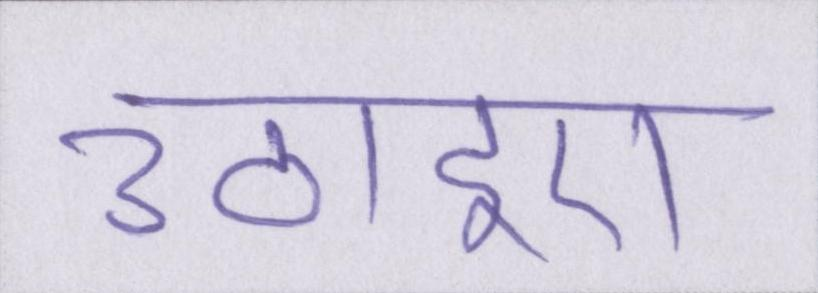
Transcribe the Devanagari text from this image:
उठाइए